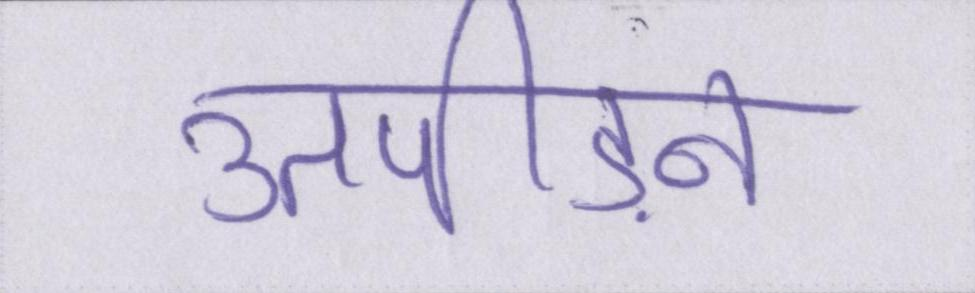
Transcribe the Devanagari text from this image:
उतपीड़न